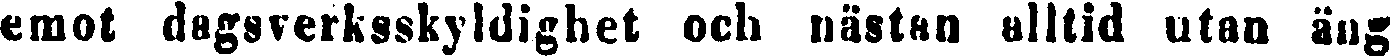
emot dagsverksskyldighet och nästan alltid utan äng